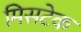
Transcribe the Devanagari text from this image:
मिसटेक